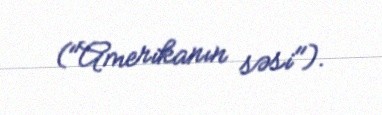
("Amerikanın səsi").